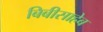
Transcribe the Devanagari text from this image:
बिबीसाहेब